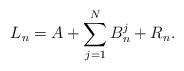
LaTeX: \begin{align*}L_n=A+\sum_{j=1}^NB^j_n+R_n. \end{align*}